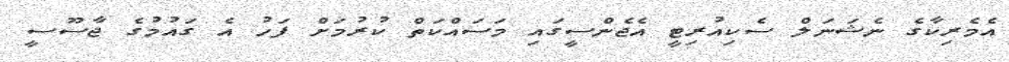
އެމެރިކާގެ ނެޝަނަލް ސެކިއުރިޓީ އެޖެންސީގައި މަސައްކަތް ކުރުމަށް ފަހު އެ ގައުމުގެ ޖާސޫސީ